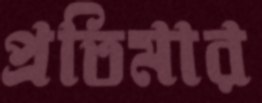
প্রতিমার